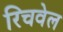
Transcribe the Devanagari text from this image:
रिचवेल